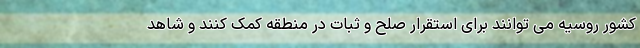
کشور روسیه می توانند برای استقرار صلح و ثبات در منطقه کمک کنند و شاهد